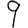
Digit: 9